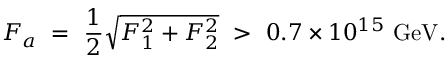
F _ { a } \ = \ { \frac { 1 } { 2 } } \sqrt { F _ { 1 } ^ { 2 } + F _ { 2 } ^ { 2 } } \ > \ 0 . 7 \times 1 0 ^ { 1 5 } \ \mathrm { G e V . }